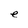
Character: e